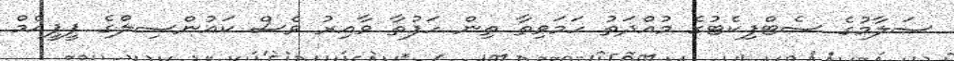
ސަލާމުގެ ސެޓްފިކެޓުގެ މުއްދަތު ހަމަވިތާ ތިން ހަފުތާ ވާއިރު ވެސް ކައުންސިލްގެ ޕީޕީއެމް